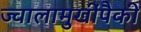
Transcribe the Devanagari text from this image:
ज्वालामुखींपैकी